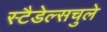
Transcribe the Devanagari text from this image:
स्टैडेल्सचुले